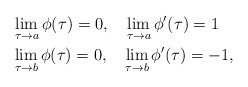
\begin{align*}& \lim_{\tau\rightarrow a}\phi(\tau)=0, \ \ \ \lim_{\tau\rightarrow a}\phi'(\tau)=1\\& \lim_{\tau\rightarrow b}\phi(\tau)=0, \ \ \ \lim_{\tau\rightarrow b}\phi'(\tau)=-1,\end{align*}